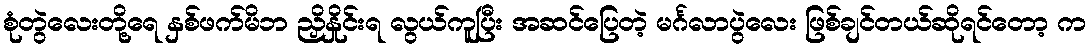
စုံတွဲလေးတို့ရေ နှစ်ဖက်မိဘ ညှိနှိုင်းရ လွယ်ကူပြီး အဆင်ပြေတဲ့ မင်္ဂလာပွဲလေး ဖြစ်ချင်တယ်ဆိုရင်တော့ က